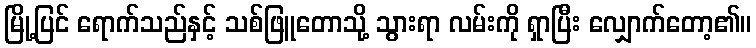
မြို့ပြင် ရောက်သည်နှင့် သစ်ဖြူတောသို့ သွားရာ လမ်းကို ရှာပြီး လျှောက်တော့၏။